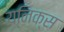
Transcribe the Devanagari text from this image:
यनिक्स